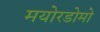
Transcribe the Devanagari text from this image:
मयोरडोमो